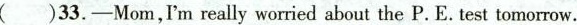
( )33.-Mom,Im really worried about the P. E. Test tomorrow.